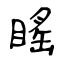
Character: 䁘